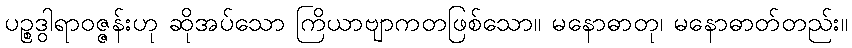
ပဉ္စဒွါရာဝဇ္ဇန်းဟု ဆိုအပ်သော ကြိယာဗျာကတဖြစ်သော။ မနောဓာတု၊ မနောဓာတ်တည်း။